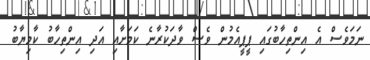
ނަމަވެސް އެ އިންތިހާބުގައި ޕީޕީއެމުން ވެސް ވާދަކުރާނެ ކަމަށާއި އަދި އިންތިހާބު ކާމިޔާބު